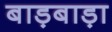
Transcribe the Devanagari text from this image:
बाड़बाड़ा